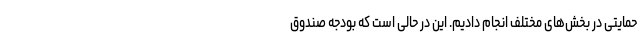
حمایتی در بخش‌های مختلف انجام دادیم. این در حالی است که بودجه صندوق